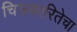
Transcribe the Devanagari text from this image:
चित्रकारितेचा